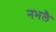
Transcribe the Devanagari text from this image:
नभलै